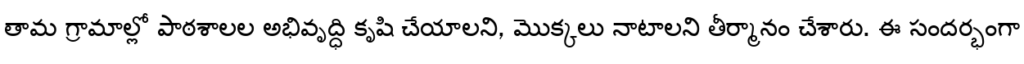
తామ గ్రామాల్లో పాఠశాలల అభివృద్ధి కృషి చేయాలని, మొక్కలు నాటాలని తీర్మానం చేశారు. ఈ సందర్భంగా